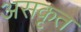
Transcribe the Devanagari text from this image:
असकृत